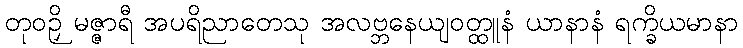
တုဝဉှိ မဇ္ဇာရီ အပရိညာတေသု အလဗ္ဘနေယျဝတ္ထူနံ ယာနာနံ ရက္ခိယမာနာ